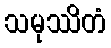
သမုဿိတံ